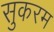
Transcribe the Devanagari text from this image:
सुकरम